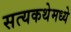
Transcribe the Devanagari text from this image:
सत्यकथेमध्ये